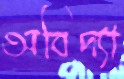
অবিদ্যা